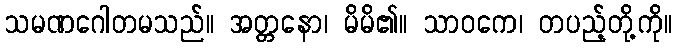
သမဏဂေါတမသည်။ အတ္တနော၊ မိမိ၏။ သာဝကေ၊ တပည့်တို့ကို။